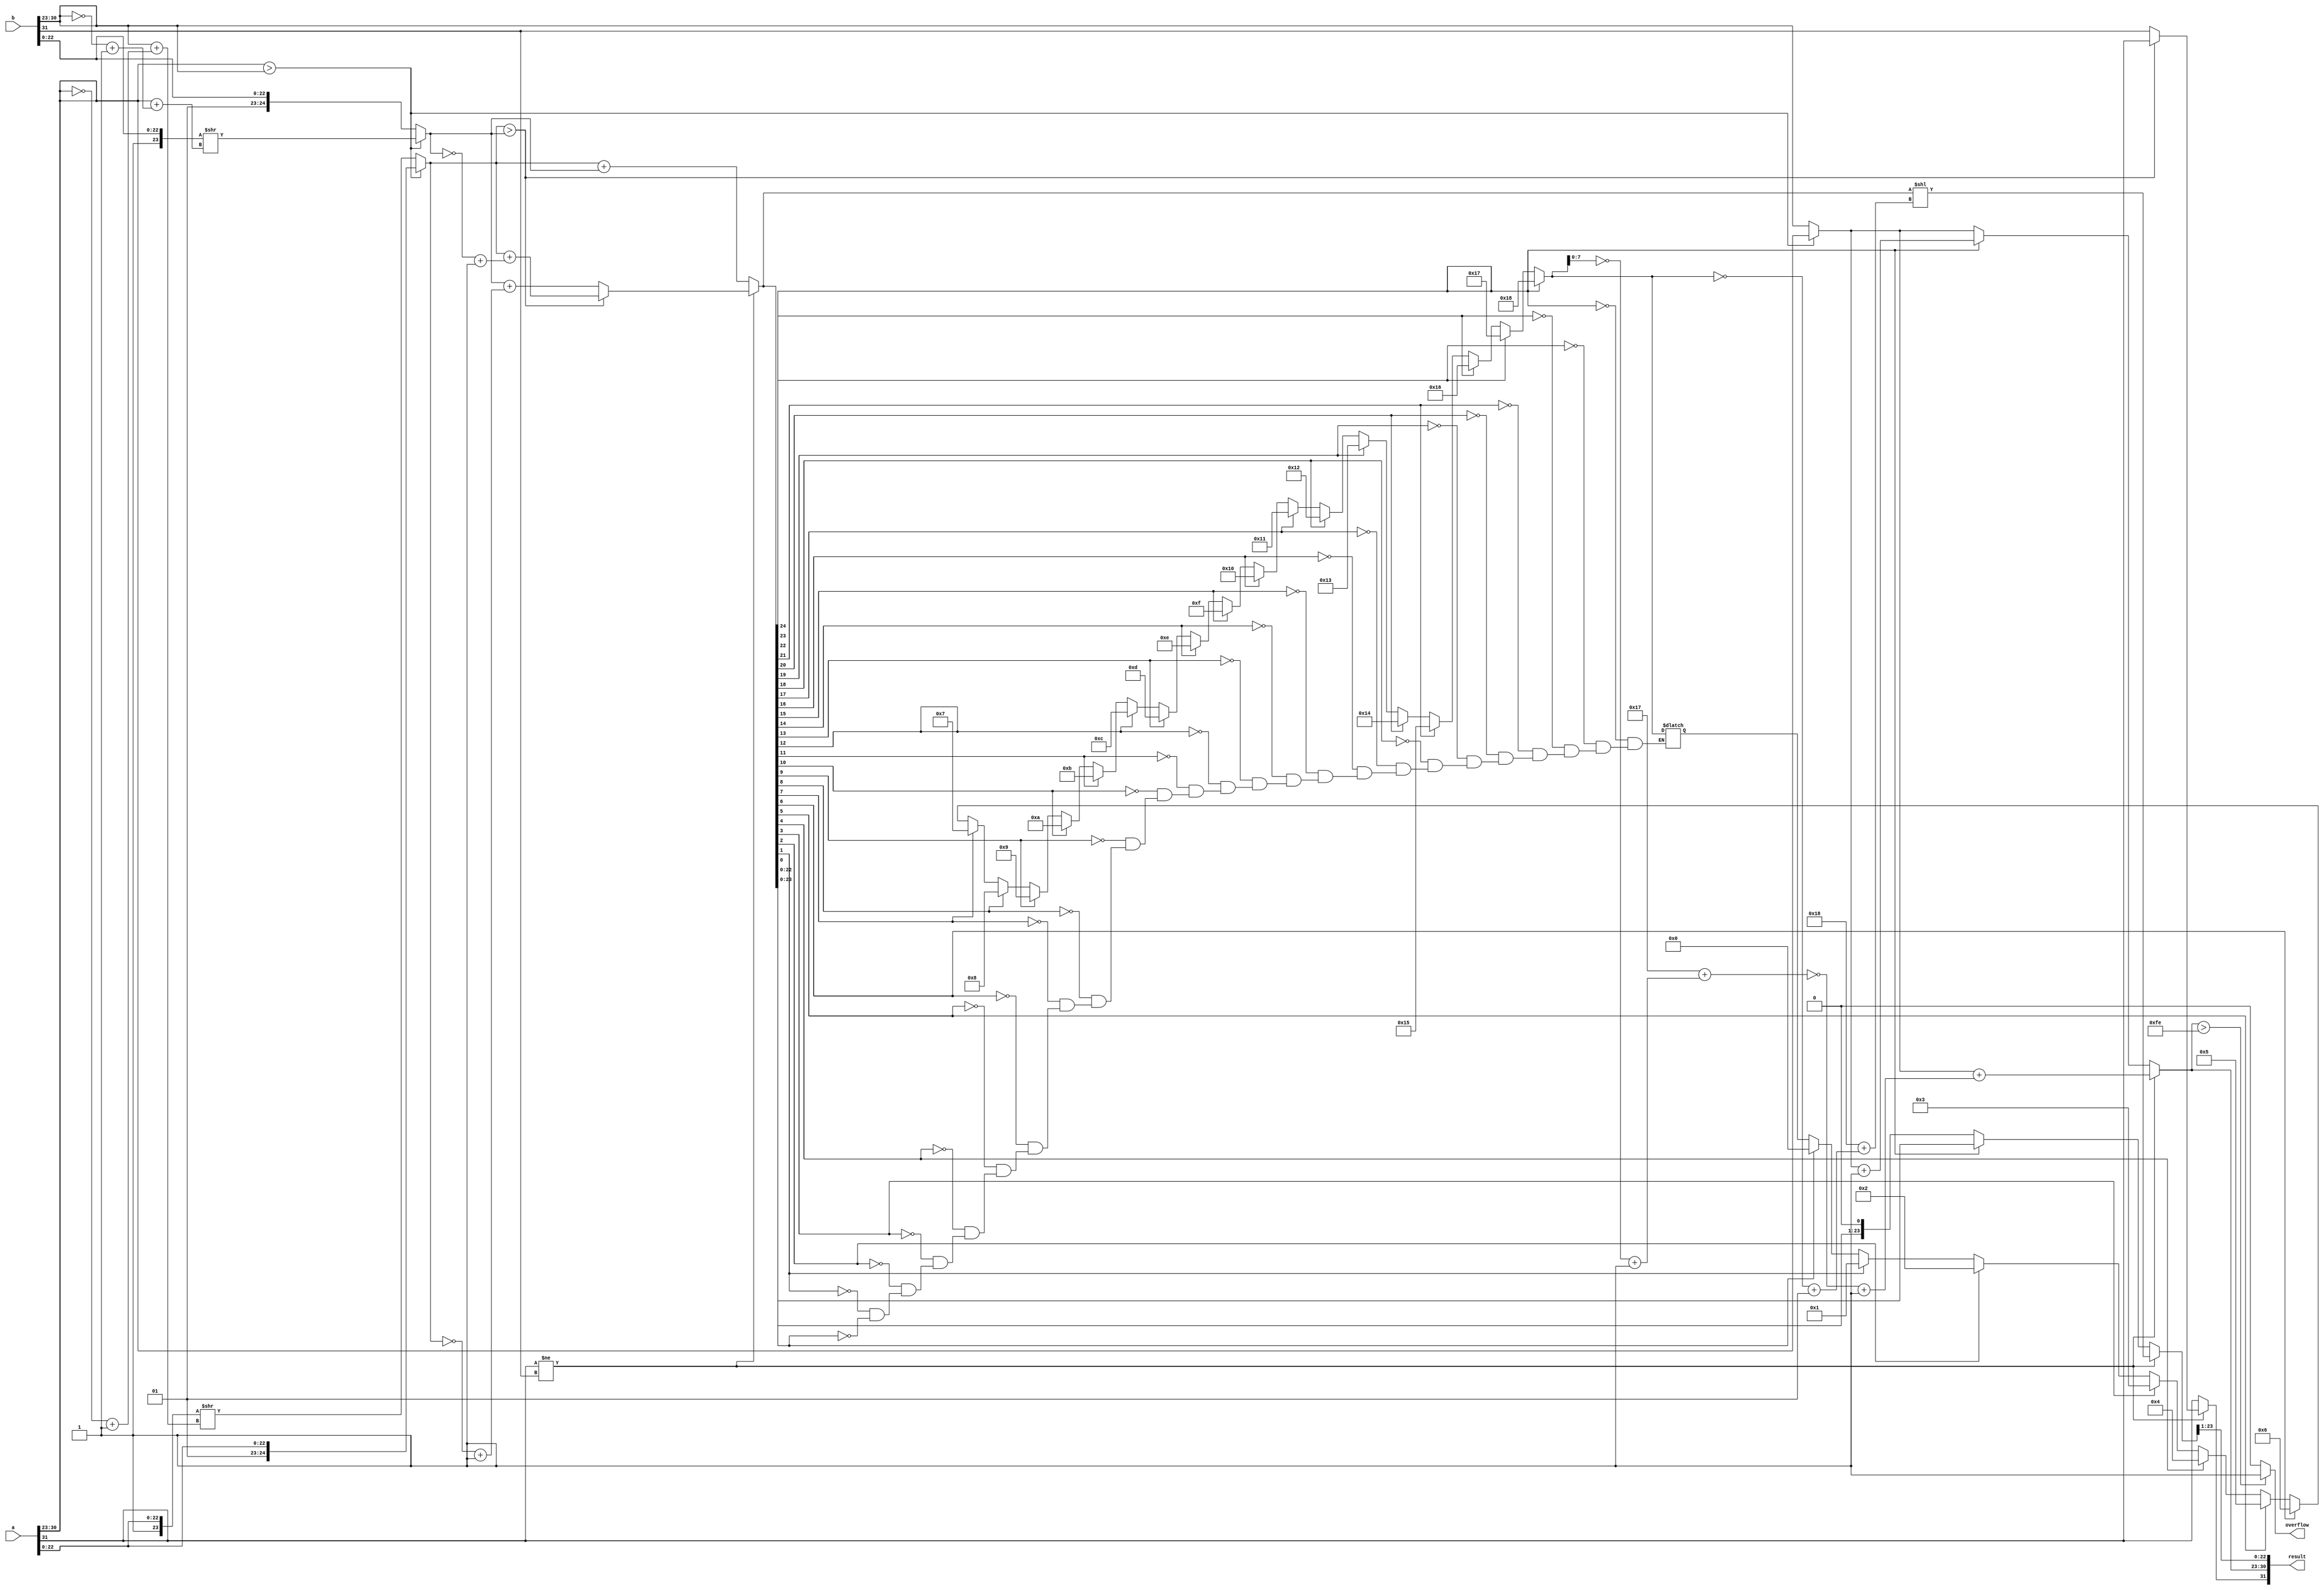
module ieee754_float_adder (
  input [31:0] a,
  input [31:0] b, 
  output reg [31:0] result,
  output reg overflow
);

  reg [24:0] man_a, man_b;
  reg [7:0] exp_a, exp_b, exp_result;
  reg [24:0] sum;
  reg sign;
  integer i;
  integer first_one_index = 0;

  always @* begin
    exp_a = a[30:23];
    man_a = {2'b01, a[22:0]};

    exp_b = b[30:23];
    man_b = {2'b01, b[22:0]};

    if (exp_a > exp_b) begin
      man_b = man_b >> (exp_a + (~exp_b+1));
      exp_result = exp_a;
    end else begin
      man_a = man_a >> (exp_b + (~exp_a+1));
      exp_result = exp_b;
    end

    if (a[31] != b[31]) begin
      if(man_a > man_b) begin
        sum = (man_a + (~man_b+1));
        sign = a[31];
      end else begin
        sum = (man_b + (~man_a+1));
        sign = b[31];
      end
    end else begin 
      sum = man_a + man_b; 
      sign = a[31];
    end


    for (i = 0; i < 25; i = i + 1) begin
      if (sum[i] == 1'b1) begin
        first_one_index = i;
      end
    end


    if (a[31] != b[31]) begin
      sum = sum << (24 + (~first_one_index+1));
      exp_result = exp_result + (~(23 + (~first_one_index+1))+1);
    end else begin 
      if(sum[24]==1) begin
        exp_result=exp_result+1;
      end else begin
        sum = sum << 1;
      end
    end

    if (exp_result > 8'b11111110) begin
      overflow = 1;
    end else begin
      overflow = 0;
    end

    result = {sign, exp_result, sum[23:1]};
  end
endmodule